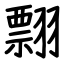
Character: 翲